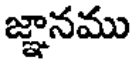
జ్ఞానము